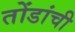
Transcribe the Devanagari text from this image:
तोंडांची